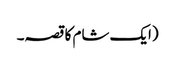
(ایک شام کا قصہ۔